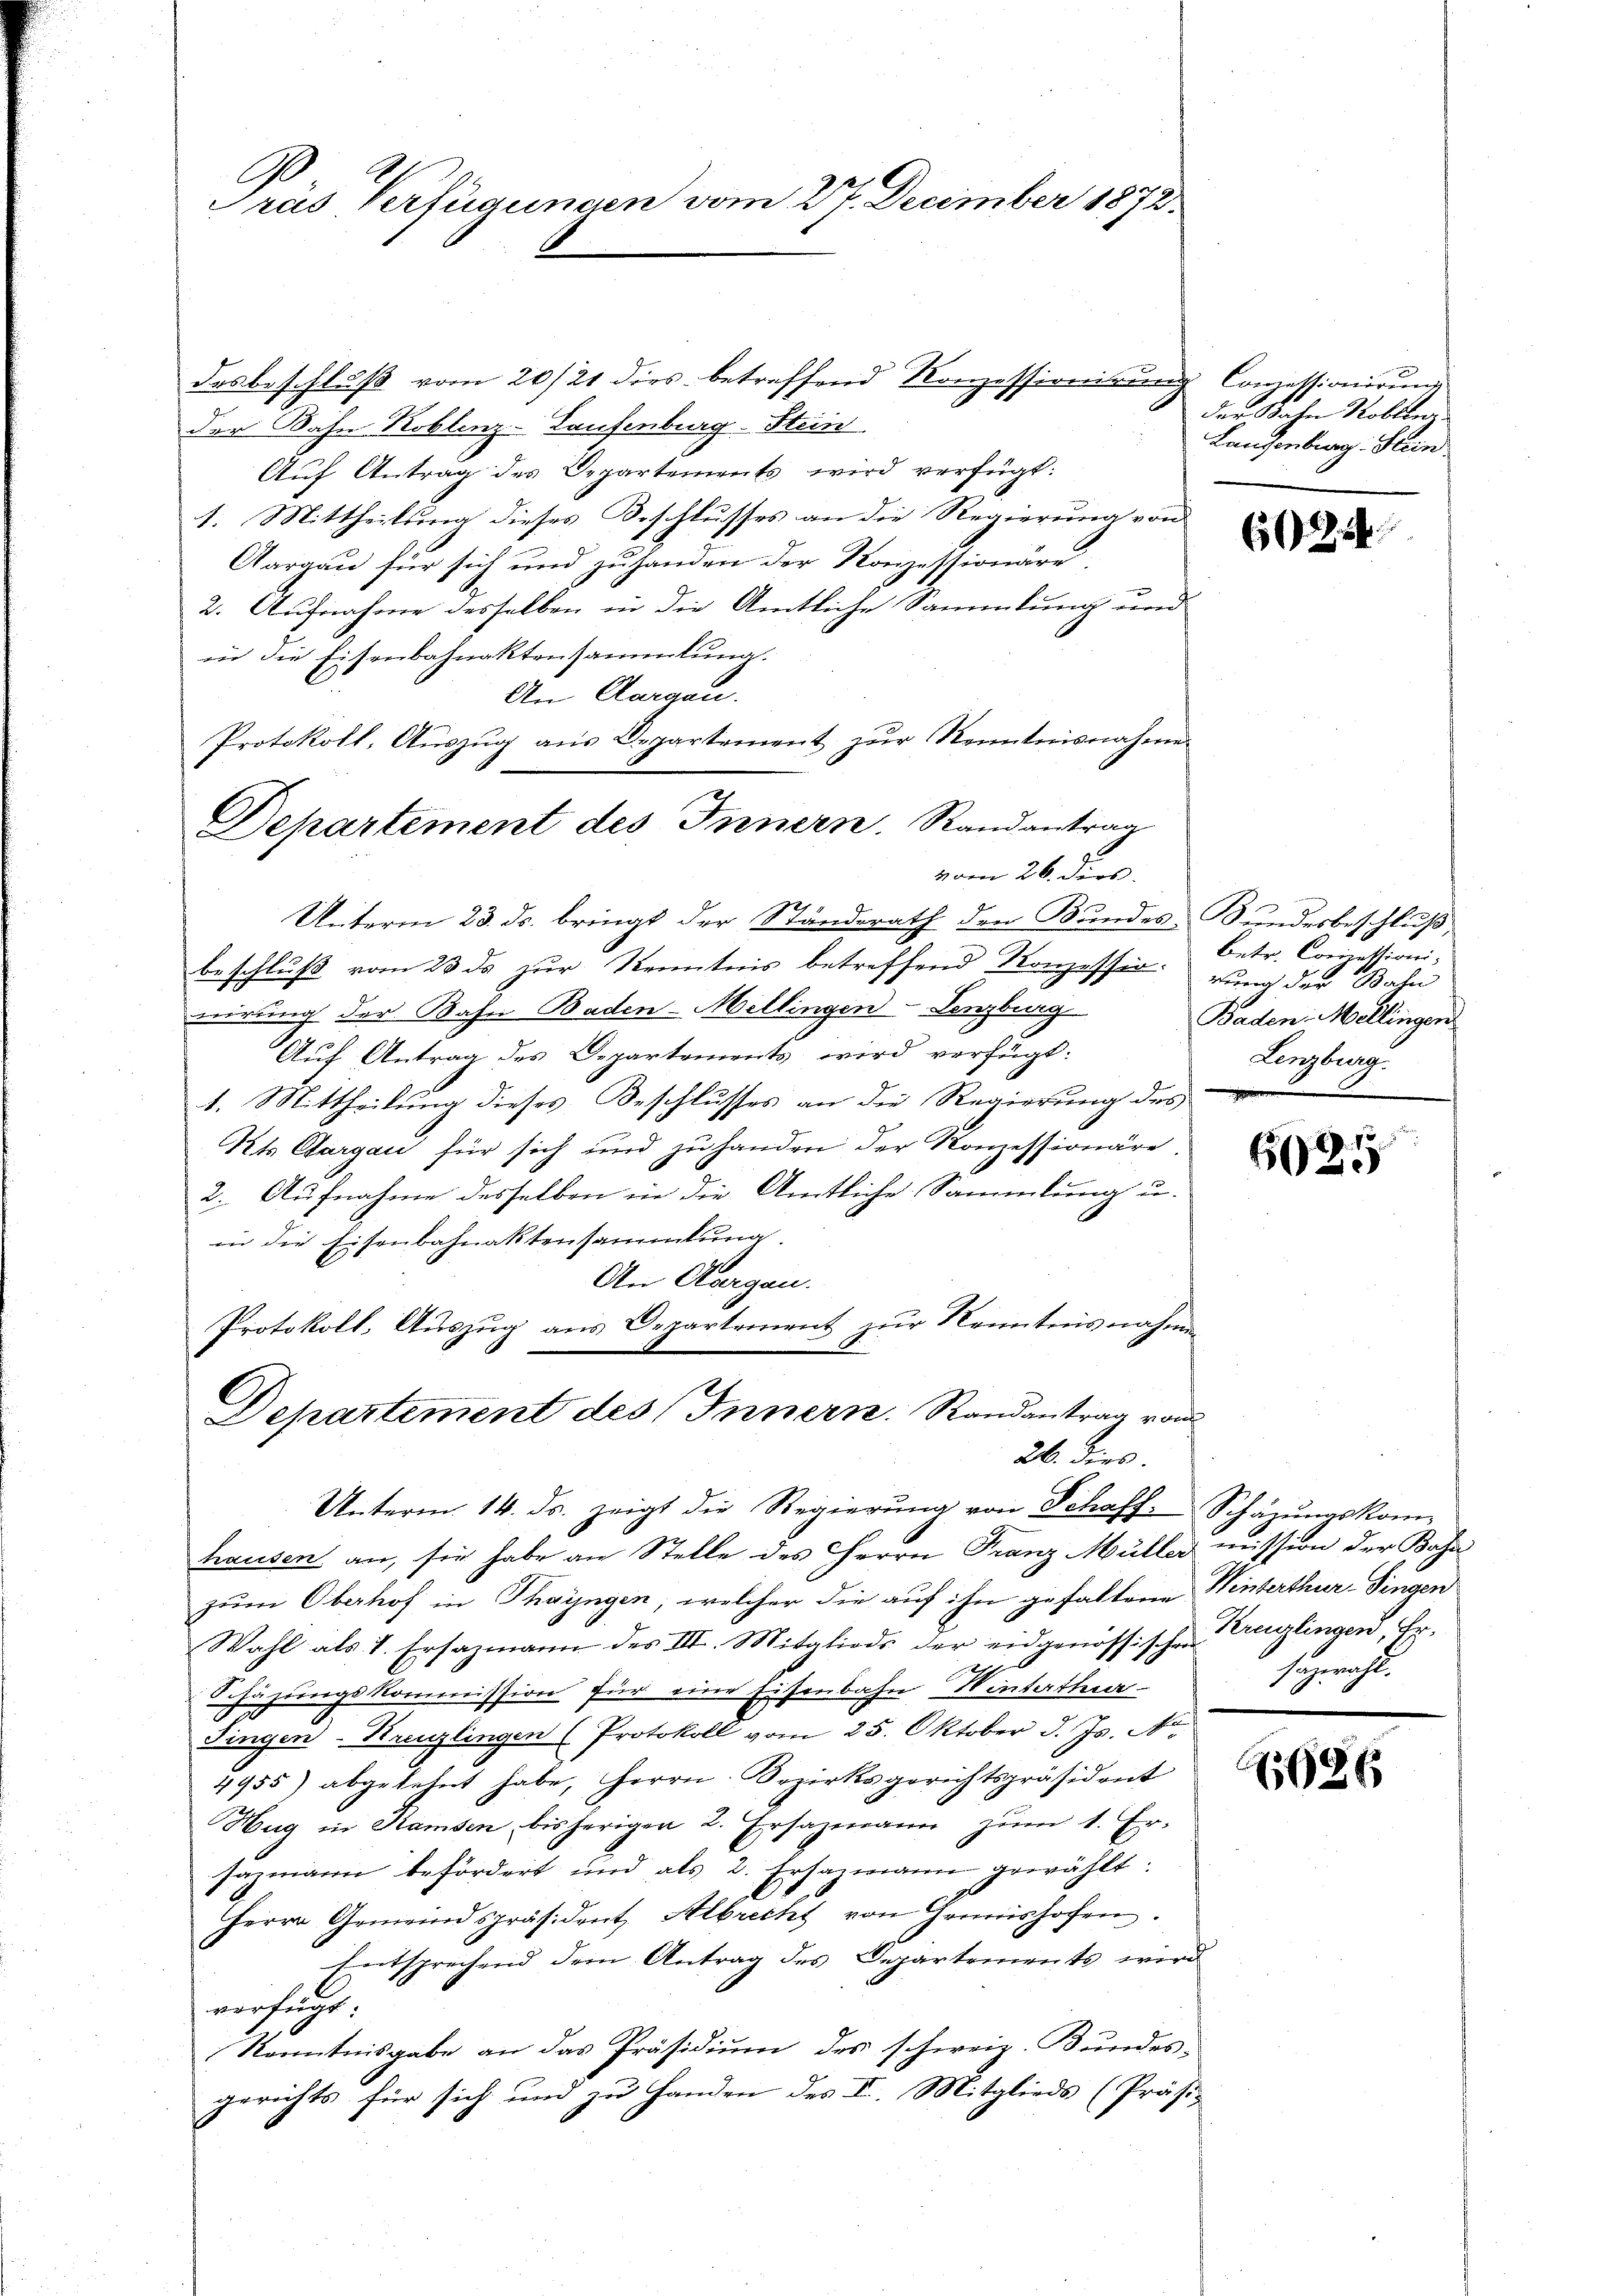
Gräs Verfügungen vom 27. December 1872

der Bahn Koblenz-Laufenburg-Stein
Aŭf Antrag des Departements wird verfügt:
1. Mittheilung dieses Beschlusses an die Regierung von
Aargau für sich und zu handen der Konzessionäre.
2. Aufnahme desselben in die Amtliche Sammlung und
in die Eisenbahnaktensammlung.
An Aargau.
Protokoll, Aŭszŭg aŭs Departement zŭr Kenntnisnahme
vom 26. ders.
nirung der Bahn Baden-Mellingen Lenzburg
Auf Antrag des Departements wird verfügt:
1. Mittheilung dieses Beschlusses an die Regierung des
Kts. Cargau für sich und zu handen der Konzessionäre.
2. Aufnahme desselben in die Amtliche Sammlung u.
in die Eisenbahnaktensammlung.
An Aargau.
Protokoll, Auszug aus Departement zur Kenntnisnahme
Departement des Innern. Randantrag vom
26. dies

Departement des Innern. Randantrag
Unterm 23. ds. bringt der Ständerath den Bundes Bundesbeschluß,
beschluß vom 23 ds zur Kenntnis betreffend Konzessio. Nur der Bahn

desbeschluß vom 20/21 dies betreffend Konzessionirung Concessionirung

der Bahn Rollberg
Laufenburg. Stein

Unterm 14. ds. zeigt die Regierŭng von Schaff. Schäzŭngskom-
hausen an, sie habe an Stelle des Herrn Franz Müller mission der Bahn
zum Oberhof in Thayngen, welcher die auf ihn gefallene Winterthur–Singen
Wahl als 1. Ersazmann des III. Mitglieds der eidgenössischen Kreuzlingen, Er-
I
Schäzungskommission für eine Eisenbahn Winterthur
Singen-Kreuzlingen (Protokoll vom 25. Oktober d. Js. N.
4955) abgelehnt habe, Herrn Bezirksgerichtspräsident
Hug in Ramsen, bisherigen 2. Ersazmann zum 1. Er-
sazmann befördert und als 2. Ersazmann gewählt:
Herrn Gemeindspräsident Albrecht von Grünishofen.
Entsprechend dem Antrag des Departements wird
verfügt:
Kenntnisgabe an das Präsidium des schweiz. Bundesgerichts für sich und zu Handen des I. Mitglieds (Präsi-

625

Betr. Commissioni,
Baden Mellingen
Lenzburg.

C
6

sezeicht

686